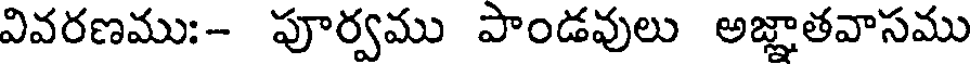
వివరణము:- పూర్వము పాండవులు అజ్ఞాతవాసము